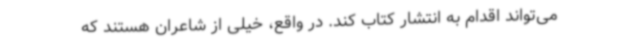
می‌تواند اقدام به انتشار کتاب کند. در واقع، خیلی از شاعران هستند که